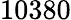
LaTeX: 10380